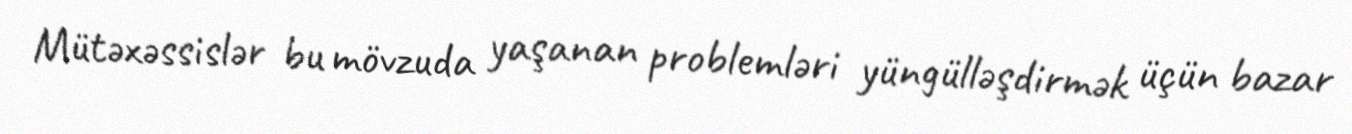
Mütəxəssislər bu mövzuda yaşanan problemləri yüngülləşdirmək üçün bazar